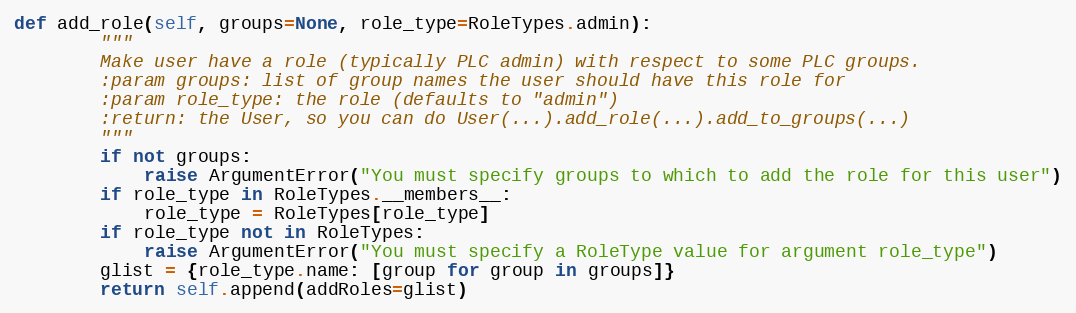
Language: Python
def add_role(self, groups=None, role_type=RoleTypes.admin):
        """
        Make user have a role (typically PLC admin) with respect to some PLC groups.
        :param groups: list of group names the user should have this role for
        :param role_type: the role (defaults to "admin")
        :return: the User, so you can do User(...).add_role(...).add_to_groups(...)
        """
        if not groups:
            raise ArgumentError("You must specify groups to which to add the role for this user")
        if role_type in RoleTypes.__members__:
            role_type = RoleTypes[role_type]
        if role_type not in RoleTypes:
            raise ArgumentError("You must specify a RoleType value for argument role_type")
        glist = {role_type.name: [group for group in groups]}
        return self.append(addRoles=glist)